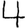
Digit: 4